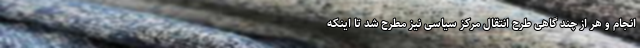
انجام و هر از چند گاهی طرح انتقال مرکز سیاسی نیز مطرح ‌شد تا اینکه